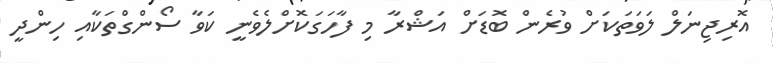
އޮރިޖިނަލް ލަވަތަކަށް ވުރެން ބޮޑަށް އަޝްރާ މި ފާހަގަކޮށްލެވެނީ ކަވާ ސޯންގްތަކާއި ހިންދީ